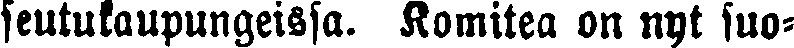
seutukaupungeissa. Komitea on nyt suo-